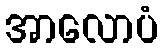
အာလောပံ